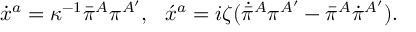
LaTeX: \dot { x } { } ^ { a } = \kappa ^ { - 1 } \bar { \pi } { } ^ { A } \pi ^ { A ^ { \prime } } , \, \, \, \, \acute { x } { } ^ { a } = i \zeta ( \dot { \bar { \pi } } { } ^ { A } \pi ^ { A ^ { \prime } } - \bar { \pi } { } ^ { A } \dot { \pi } { } ^ { A ^ { \prime } } ) .